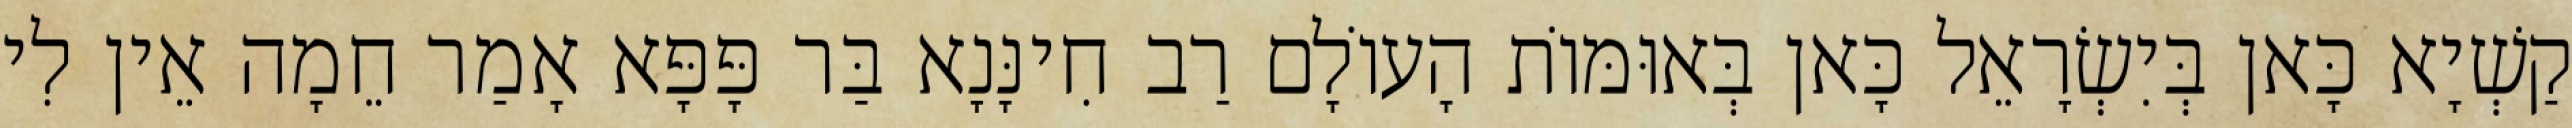
קַשְׁיָא כָּאן בְּיִשְׂרָאֵל כָּאן בְּאוּמּוֹת הָעוֹלָם רַב חִינָּנָא בַּר פָּפָּא אָמַר חֵמָה אֵין לִי